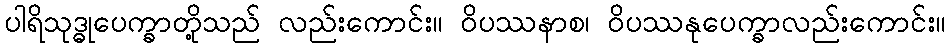
ပါရိသုဒ္ဓုပေက္ခာတို့သည် လည်းကောင်း။ ဝိပဿနာစ၊ ဝိပဿနုပေက္ခာလည်းကောင်း။